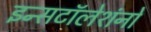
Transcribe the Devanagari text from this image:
इन्सटॉलेशंनों